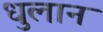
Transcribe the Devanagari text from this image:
धुलान